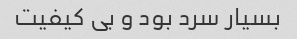
بسیار سرد بود و بی کیفیت